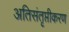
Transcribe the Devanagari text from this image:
अतिसंतृप्तीकरण